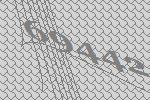
69442